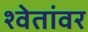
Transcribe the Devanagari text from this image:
श्वेतांवर